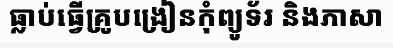
ធ្លាប់ធ្វើគ្រូបង្រៀនកុំព្យូទ័រ និងភាសា